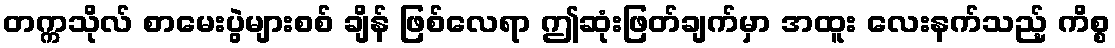
တက္ကသိုလ် စာမေးပွဲများစစ် ချိန် ဖြစ်လေရာ ဤဆုံးဖြတ်ချက်မှာ အထူး လေးနက်သည့် ကိစ္စ